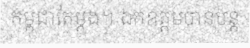
កម្ពុជាតែម្តង។ ឯកឧត្តមបានបន្ត